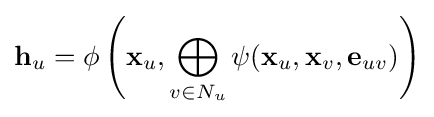
\mathbf {h} _{u}=\phi \left(\mathbf {x} _{u},\bigoplus _{v\in N_{u}}\psi (\mathbf {x} _{u},\mathbf {x} _{v},\mathbf {e} _{uv})\right)